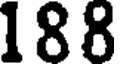
188